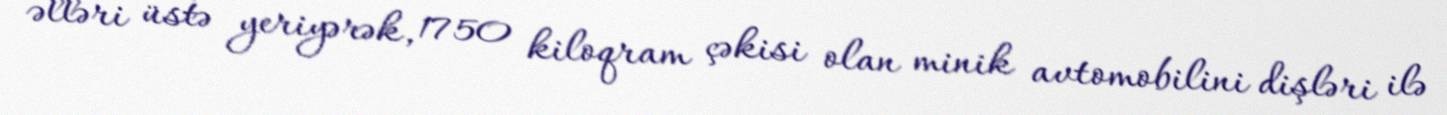
əlləri üstə yeriyərək, 1750 kiloqram çəkisi olan minik avtomobilini dişləri ilə